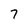
Character: 7